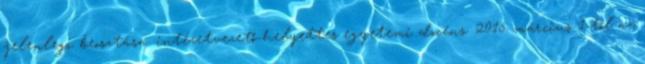
jelenlegi beosztása: intézetvezető-helyettes egyetemi docens. 2015. március 1-től az